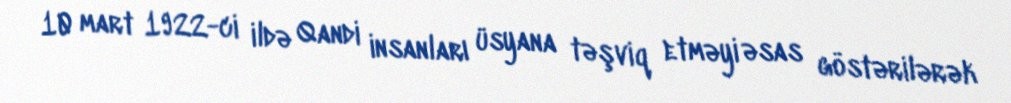
10 mart 1922-ci ildə Qandi insanları üsyana təşviq etməyi əsas göstərilərək